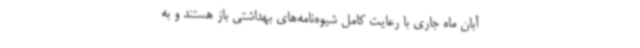
آبان ماه جاری با رعایت کامل شیوه‌نامه‌های بهداشتی باز هستند و به